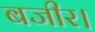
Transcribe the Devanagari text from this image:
बजीर।